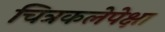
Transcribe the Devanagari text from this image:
चित्रकलेपेक्षा